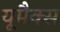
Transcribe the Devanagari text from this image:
यूमैक्स